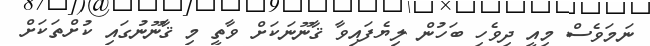
ނަމަވެސް މިއީ ދިވެހި ބަހުން ލިޔެފައިވާ ޤާނޫނަކަށް ވާތީ މި ޤާނޫނުގައި ކުށްތަކަށް